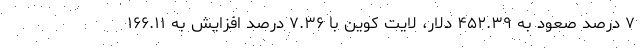
۷ درصد صعود به ۴۵۲.۳۹ دلار، لایت کوین با ۷.۳۶ درصد افزایش به ۱۶۶.۱۱